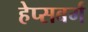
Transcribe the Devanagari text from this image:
हेप्सबर्ग